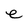
Character: e